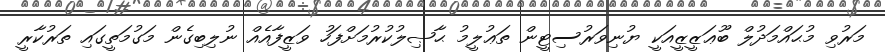
މަރުވި މުޙައްމަދުލް ބޫޢަޒީޒީއަކީ ޔުނިވަރުސިޓީން ތަޢުލީމު ޙާޞިލުކުރުމަށްފަހު ވަޒީފާއެއް ނުލިބިގެން މަގުމަތީގައި ތަރުކާރީ